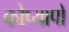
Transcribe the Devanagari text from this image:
कोप्यापो